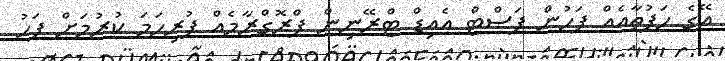
އޭގެ ހަފުތާއެއް ފަހުން ފަސްޓް އެއިޑް ޓްރޭނިން ޕްރޮގްރާމެއް ފުރިހަމަ ކުރުމަށް ފަހު